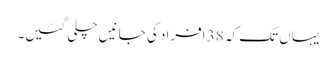
یہاں تک کہ 38 افراد کی جانیں چلی گئیں۔